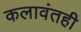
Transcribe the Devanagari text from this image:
कलावंतही